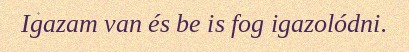
Igazam van és be is fog igazolódni.